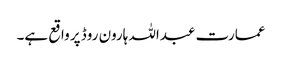
عمارت عبداللہ ہارون روڈ پر واقع ہے۔